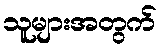
သူများအတွက်